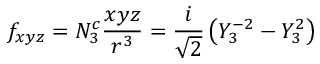
f _ { x y z } = N _ { 3 } ^ { c } { \frac { x y z } { r ^ { 3 } } } = { \frac { i } { \sqrt { 2 } } } \left( Y _ { 3 } ^ { - 2 } - Y _ { 3 } ^ { 2 } \right)